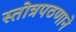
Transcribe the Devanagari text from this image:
स्तोत्रपठणाने